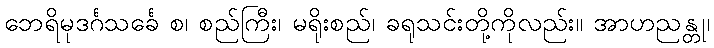
ဘေရိမုဒင်္ဂသင်္ခေ စ၊ စည်ကြီး၊ မရိုးစည်၊ ခရုသင်းတို့ကိုလည်း။ အာဟညန္တု၊